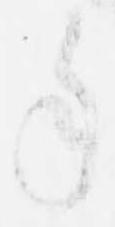
年